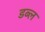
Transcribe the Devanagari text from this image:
डब्ल